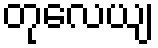
တုလေယျ